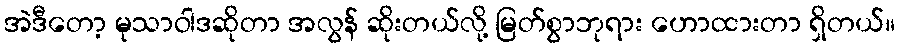
အဲဒီတော့ မုသာဝါဒဆိုတာ အလွန် ဆိုးတယ်လို့ မြတ်စွာဘုရား ဟောထားတာ ရှိတယ်။